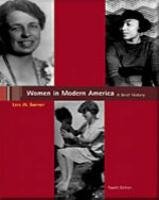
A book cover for Women in Modern America: A Brief History; Lois W. Banner; Gay & Lesbian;